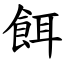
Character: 餌